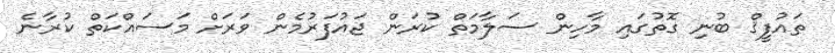
ތައުފީޤް ބުނި ގޮތުގައި މާހިން ސަލާމަތް ކުރަން ޖައުފަރުމެން ވަރަށް މަސައްކަތް ކުރާނެ